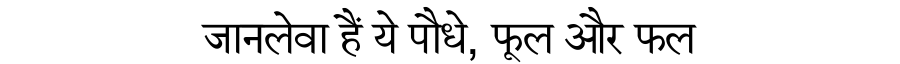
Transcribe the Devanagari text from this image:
जानलेवा हैं ये पौधे, फूल और फल